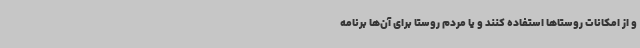
و از امکانات روستاها استفاده کنند و یا مردم روستا برای آن‌ها برنامه